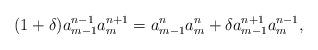
LaTeX: \begin{align*}(1+\delta)a_{m-1}^{n-1} a_m^{n+1} = a_{m-1}^n a_m^n + \delta a_{m-1}^{n+1} a_m^{n-1}, \end{align*}